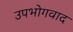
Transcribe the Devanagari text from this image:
उपभोगवाद